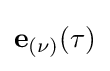
\mathbf {e} _{(\nu )}(\tau )